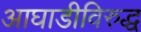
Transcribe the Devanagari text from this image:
आघाडीविरुद्ध